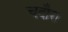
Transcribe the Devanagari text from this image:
चदौरा